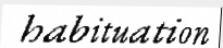
habituation